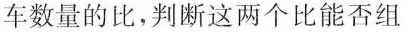
车数量的比，判断这两个比能否组